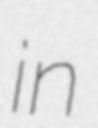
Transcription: in